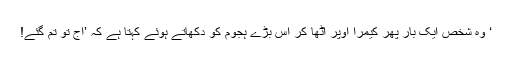
‘ وہ شخص ایک بار پھر کیمرا اوپر اٹھا کر اس بڑے ہجوم کو دکھاتے ہوئے کہتا ہے کہ ’آج تو تم گئے!